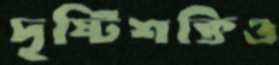
দৃষ্টিশক্তিও